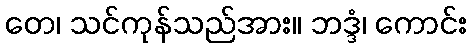
တေ၊ သင်ကုန်သည်အား။ ဘဒ္ဒံ၊ ကောင်း